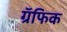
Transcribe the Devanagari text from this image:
ग्रॅफिक